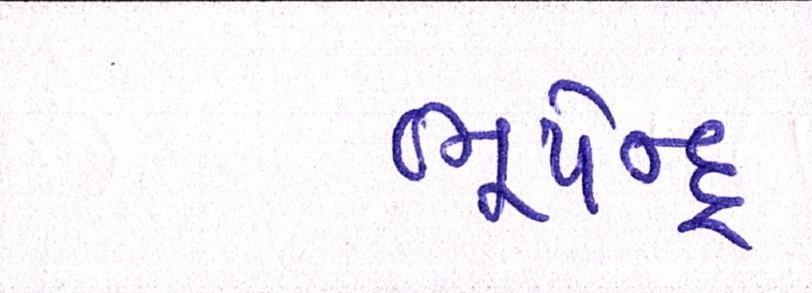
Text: ભૂપેન્દ્ર